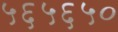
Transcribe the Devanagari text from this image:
५६५६५०